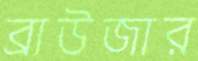
ব্রাউজার